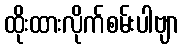
ထိုးထားလိုက်စမ်းပါဗျာ